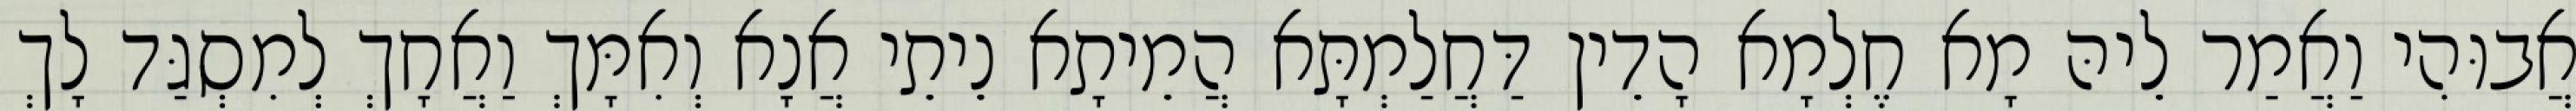
אֲבוּהִי וַאֲמַר לֵיהּ מָא חֶלְמָא הָדֵין דַּחֲלַמְתָּא הֲמֵיתָא נֵיתֵי אֲנָא וְאִמָּךְ וַאֲחָךְ לְמִסְגַּד לָךְ